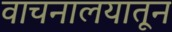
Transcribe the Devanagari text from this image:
वाचनालयातून